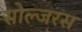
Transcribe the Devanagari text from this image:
सोल्जरस